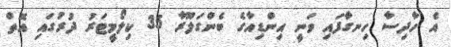
އެ ހާދިސާ ހިނގާފައި ވަނީ އިންޑިއާގެ ބެންގަލޫރާ 35 ކިލޯމީޓަރު ދުރުގައި އޮތް